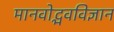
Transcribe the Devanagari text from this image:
मानवोद्भवविज्ञान